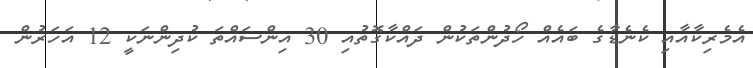
އެމެރިކާއާއި ކެނެޑާގެ ބައެއް ހޯދުންތަކުން ދައްކާގޮތުއި 30 އިންސައްތަ ކުދިންނަކީ 12 އަހަރުން